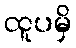
ထူပမှိ